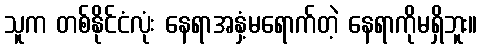
သူက တစ်နိုင်ငံလုံး နေရာအနှံ့မရောက်တဲ့ နေရာကိုမရှိဘူး။